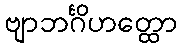
ဗျာဘင်္ဂိဟတ္ထော